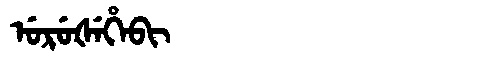
Manchu: ᡠᡵᡠᡧᡝᡥᡝᠪᡳ
Romanization: URUŠEHEBI